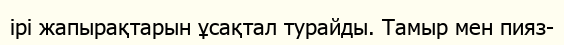
ірі жапырақтарын ұсақтал турайды. Тамыр мен пияз-